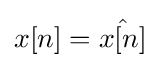
x[n]={\hat {x[n]}}